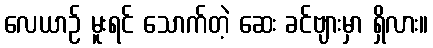
လေယာဉ် မူးရင် သောက်တဲ့ ဆေး ခင်ဗျားမှာ ရှိလား။